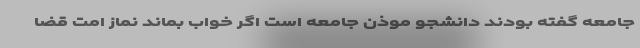
جامعه گفته بودند دانشجو موذن جامعه است اگر خواب بماند نماز امت قضا